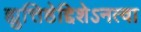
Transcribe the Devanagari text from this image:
ह्युत्तिष्ठेद्दिशेऽनत्वा